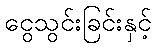
ငွေသွင်းခြင်းနှင့်